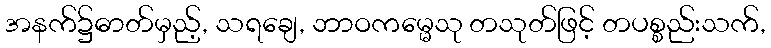
အနက်၌ဓာတ်မှည့်, သရချေ, ဘာဝကမ္မေသု တသုတ်ဖြင့် တပစ္စည်းသက်,